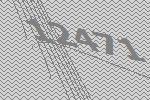
12471